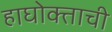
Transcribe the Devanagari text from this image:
हाघोक्ताची